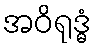
အဝိရုဒ္ဓံ